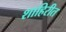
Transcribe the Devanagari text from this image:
शाहिरीत